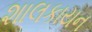
શાલકાયન